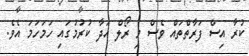
ކުރާ އިސް ފަރާތްތައް ވެސް މި ރޯލް އަދާ ކުރުމުގައި ހަމަހަމަ އެވެ.